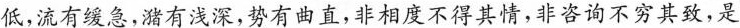
低，流有缓急，潴有浅深，势有曲直，非相度不得其情，非咨询不穷其致，是